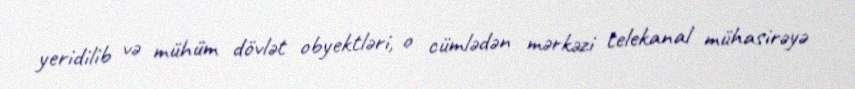
yeridilib və mühüm dövlət obyektləri, o cümlədən mərkəzi telekanal mühasirəyə